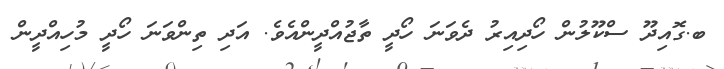
ބ.ގޮއިދޫ ސްކޫލުން ހޯދިއިރު ދެވަނަ ހޯދީ ތާޖުއްދީންއެވެ. އަދި ތިންވަނަ ހޯދީ މުހިއްދީން